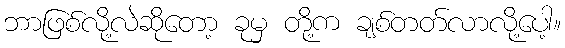
ဘာဖြစ်လို့လဲဆိုတော့ ခုမှ တို့က ချစ်တတ်လာလို့ပေါ့။